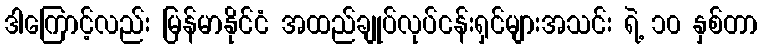
ဒါကြောင့်လည်း မြန်မာနိုင်ငံ အထည်ချုပ်လုပ်ငန်းရှင်များအသင်း ရဲ့ ၁၀ နှစ်တာ